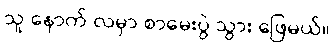
သူ နောက် လမှာ စာမေးပွဲ သွား ဖြေမယ်။